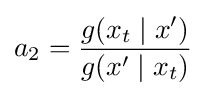
a_{2}={\frac {g(x_{t}\mid x')}{g(x'\mid x_{t})}}